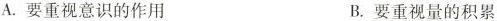
A. 要重视意识的作用 B. 要重视量的积累